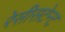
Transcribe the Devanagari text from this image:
रेसीसटेन्ट